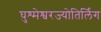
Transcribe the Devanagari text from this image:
घुश्मेश्वरज्योतिर्लिंग